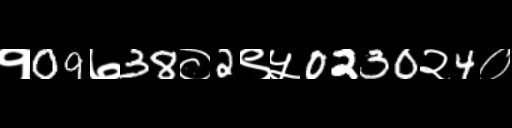
Text: १09७38०2९५0230२4०